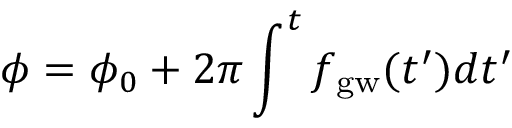
\phi = \phi _ { 0 } + 2 \pi \int ^ { t } f _ { \mathrm { g w } } ( t ^ { \prime } ) d t ^ { \prime }